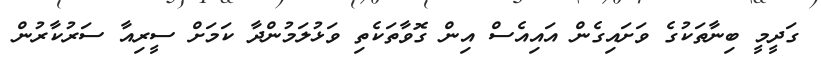
ގަދީމީ ބިނާތަކުގެ ވަށައިގެން އައިއެސް އިން ގޮވާތަކެތި ވަޅުލަމުންދާ ކަމަށް ސީރިއާ ސަރުކާރުން